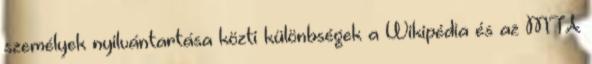
személyek nyilvántartása közti különbségek a Wikipédia és az MTA